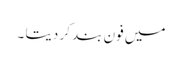
میں فون بند کر دیتا ۔